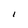
Character: I